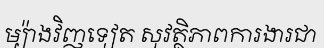
ម្យ៉ាងវិញទៀត សុវត្ថិភាពការងារជា